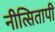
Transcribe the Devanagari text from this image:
नीत्सितापी